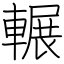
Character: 輾